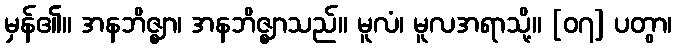
မှန်၏။ အနဘိဇ္ဈာ၊ အနဘိဇ္ဈာသည်။ မူလံ၊ မူလအရာသို့။ [၀၇] ပတွာ၊